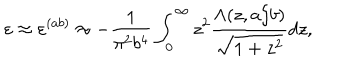
\varepsilon \approx \varepsilon ^ { ( a b ) } \approx - \frac { 1 } { \pi ^ { 2 } b ^ { 4 } } \int _ { 0 } ^ { \infty } { z ^ { 2 } \frac { \Lambda ( z , a / b ) } { \sqrt { 1 + z ^ { 2 } } } d z } ,